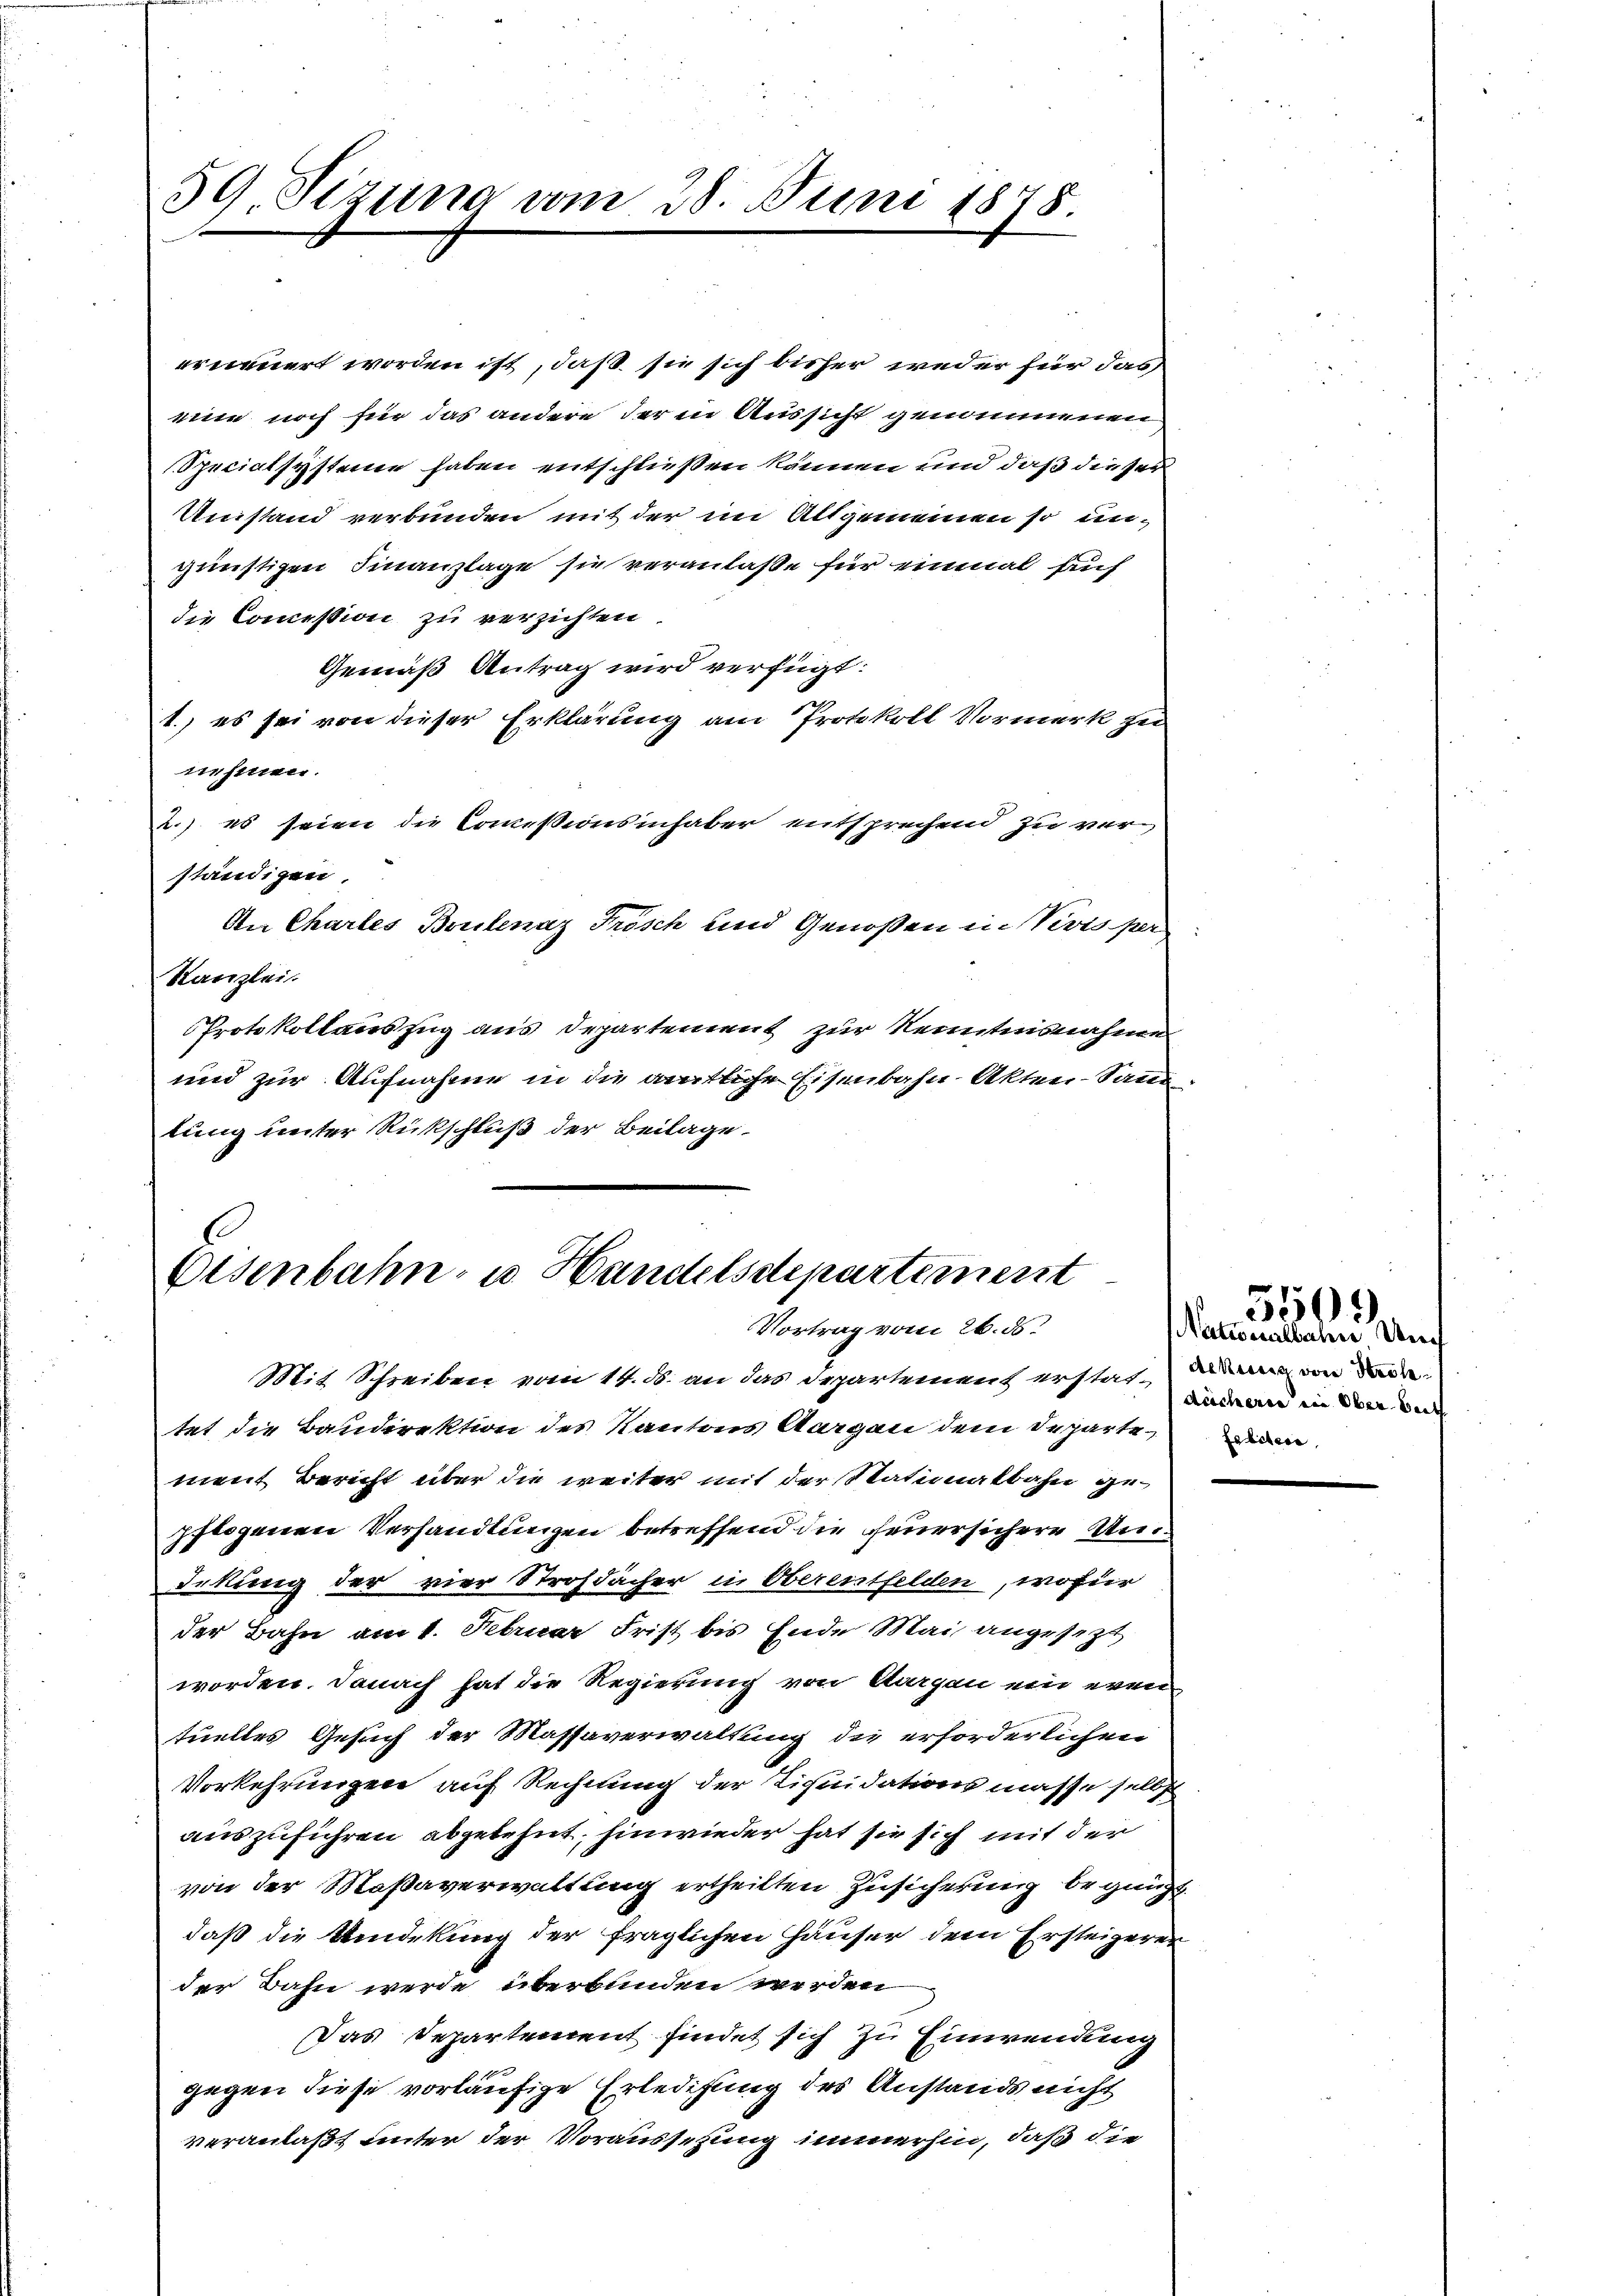
39. Sizung vom 28. Juni 1878.

erneuert worden ist, daß sie sich bisher weder für das
eie noch für das andere der in Aussicht genommenen
Specialsysteme haben entschließen können und daß dieser
Umstand verbunden mit der im Altgemeinen so ungünstigen Finanzlage sie veranlaße für einmal such
die Commission zu verzichten.
Gemäß Antrag wird verfügt:
1.) es sei von dieser Erklärung am Protokoll Vormerk zu
nehmen.
2.) es seien die Commißionsinhaber entsprechend zu verständigen,
An Chartes Brulnaz Frösch und Genoßen in Vevis per
Kanzlei.
Protokollauszug aus Departement zur Kenntnisnahme
und zur Aufnahme in die amtliche Eisenbahn-Akten-Samm
lung unter Rückschluß der Beilage.

Eisenbahn- u. Handelsdepartement
Vortrag vom 26. ds.

Mit Schreiben vom 14. ds. an das Departement erstat, von der
tet die Baudirektion des Kantons Aargau dem Departe
ment Bericht über die weiter mit der Stationalbahn ge-
pflogenen Verhandlungen betreffend die Feuersichere Undekung der vier Strohdächer in Oberentfelden, wofür
der Bahn am 1. Februar Frist bis Ende Mai angesezt
worden. Danach hat die Regierung von Aargau ein even
tuelles Gesuch der Massaverwaltung die erforderlichen
Vorkehrungen auf Rechnung der Liquidationsmasse selbst
auszuführen abgelehnt, hinwieder hat sie sich mit der
von der Saßaverwaltung ertheilten Zusicherung begnügt
daß die Umdekung der fraglichen Häuser dem Ersteigerer
der Bahn werde überbunden werden
Das Departement findet sich zu Einwendung
gegen diese vorläufige Erledigung des Anstands nicht
veranlaßt unter der Voraussetzung immerhin, daß die

Nationalbahn Un
deicheren ein Ober bei
Fobitere,

5509